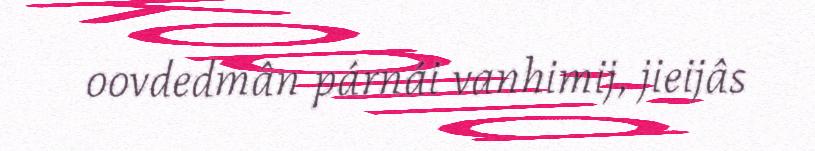
oovdedmân párnái vanhimij, jieijâs